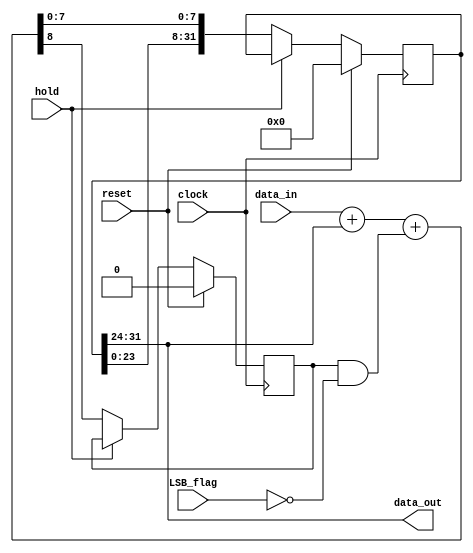
module Integrator_Seq (data_out, data_in, hold, LSB_flag, clock, reset);
  parameter	word_length = 8;
  parameter	latency = 4;
  output		[word_length -1: 0] 		data_out;
  input		[word_length -1: 0] 		data_in;
  input						hold, LSB_flag, clock, reset;
  reg		[(word_length * latency) -1: 0]	Shft_Reg;
  reg						carry;
  wire		[word_length: 0]			sum;

  always @ (posedge clock) begin
    if (reset) begin	Shft_Reg <= 0;
carry <= 0;
		    end 
		    else if (hold) begin
		      Shft_Reg <= Shft_Reg;
		      carry <= carry;
		    end
		    else begin
		      Shft_Reg <= {Shft_Reg[word_length*(latency -1) -1: 0], sum[word_length-1: 0]};
		      carry <= sum[word_length];
		    end
		  end
		
		  assign sum = data_in + Shft_Reg[(latency * word_length) -1: (latency -1)*word_length] 
		    + (carry & (~LSB_flag));

		  assign data_out = Shft_Reg[(latency * word_length) -1: (latency -1)*word_length];
		endmodule